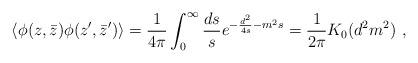
LaTeX: \begin{align*}\langle \phi(z,\bar{z}) \phi(z',\bar{z}') \rangle={1 \over 4\pi}\int_0^\infty {ds \over s}e^{-{d^2 \over 4s}-m^2s}={1 \over 2\pi}K_0(d^2m^2)~,\end{align*}